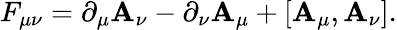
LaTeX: F_{\mu\nu}=\partial_{\mu}\mathbf{A}_{\nu}-\partial_{\nu}\mathbf{A}_{\mu}+[\mathbf{A}_{\mu},\mathbf{A}_{\nu}].